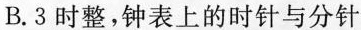
B.3时整，钟表上的时针与分针